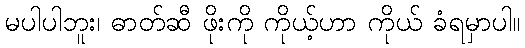
မပါပါဘူး၊ ဓာတ်ဆီ ဖိုးကို ကိုယ့်ဟာ ကိုယ် ခံရမှာပါ။